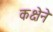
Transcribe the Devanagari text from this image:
कक्षेने